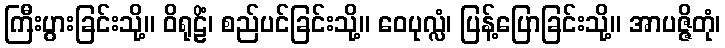
ကြီးပွားခြင်းသို့။ ဝိရုဠိံ၊ စည်ပင်ခြင်းသို့။ ဝေပုလ္လံ၊ ပြန့်ပြောခြင်းသို့။ အာပဇ္ဇိတုံ၊